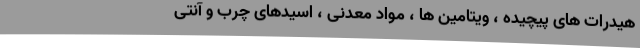
هیدرات های پیچیده ، ویتامین ها ، مواد معدنی ، اسیدهای چرب و آنتی